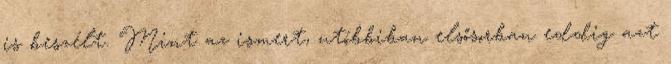
is beszélt. Mint az ismert, utóbbiban elsősorban eddig azt